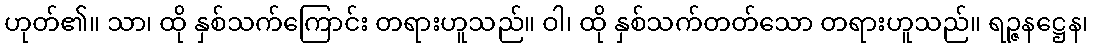
ဟုတ်၏။ သာ၊ ထို နှစ်သက်ကြောင်း တရားဟူသည်။ ဝါ၊ ထို နှစ်သက်တတ်သော တရားဟူသည်။ ရဉ္ဇနဋ္ဌေန၊